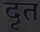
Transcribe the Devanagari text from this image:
दृत